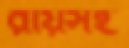
রায়সহ